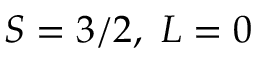
S = 3 / 2 , \ L = 0